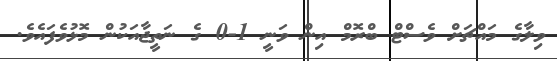
ވިލާގެ މައްޗަށް ވެސްޓް ބްރޮމް އިން ވަނީ 1-0 ގެ ނަތީޖާއަކުން މޮޅުވެފައެވެ.